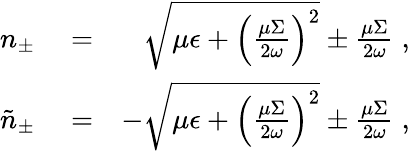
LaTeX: \begin{array}{rlr}{n_{\pm}}&{{}=}&{\sqrt{\mu\epsilon+\left(\frac{\mu\Sigma}{2\omega}\right)^{2}}\pm\frac{\mu\Sigma}{2\omega}\; ,}\\ {\tilde{n}_{\pm}}&{{}=}&{-\sqrt{\mu\epsilon+\left(\frac{\mu\Sigma}{2\omega}\right)^{2}}\pm\frac{\mu\Sigma}{2\omega}\; ,}\end{array}